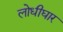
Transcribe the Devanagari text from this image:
लोधीघार